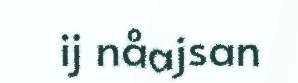
ij nåajsan